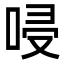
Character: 唚